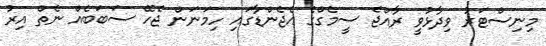
މިނިސްޓަރު ވިދާޅުވީ ރާއްޖެ ސީމެގްގެ އެޖެންޑާގައި ހިމަނަން ޖެހޭ ސަބަބެއް ނެތް އިރު